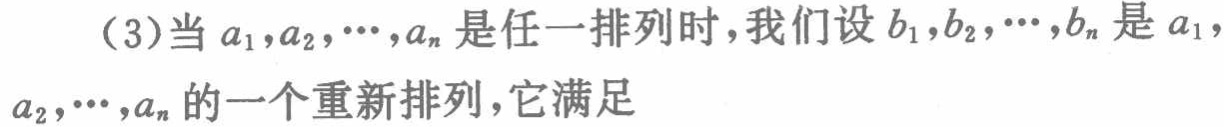
(3)当\(a_{1},a_{2},\cdots,a_{n}\)是任一排列时，我们设\(b_{1},b_{2},\cdots,b_{n}\)是\(a_{1},a_{2},\cdots,a_{n}\)的一个重新排列，它满足